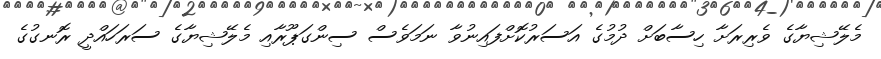
މެލޭޝިޔާގެ ވެރިރަށާ ހިސާބަށް ދުމުގެ އަސަރުކޮށްފައިނުވާ ނަމަވެސް ސިންގަޕޫރާއި މެލޭޝިޔާގެ ސަރަހައްދީ ރޮނގުގެ